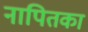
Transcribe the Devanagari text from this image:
नापितका